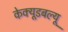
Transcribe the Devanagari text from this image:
केक्यूडबल्यू